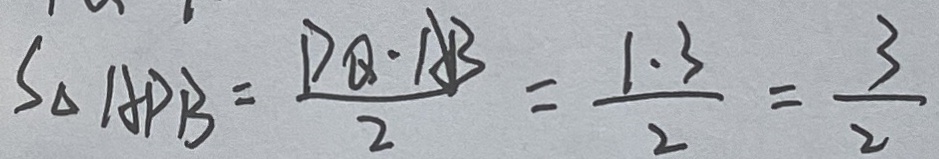
S _ { \Delta } A P B = \frac { P Q \cdot A B } { 2 } = \frac { 1 . 3 } { 2 } = \frac { 3 } { 2 }